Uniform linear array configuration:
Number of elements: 12
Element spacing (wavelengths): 0.25
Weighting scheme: binomial
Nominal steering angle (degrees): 0
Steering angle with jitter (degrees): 1.635
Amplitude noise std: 0.05
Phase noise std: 0.05

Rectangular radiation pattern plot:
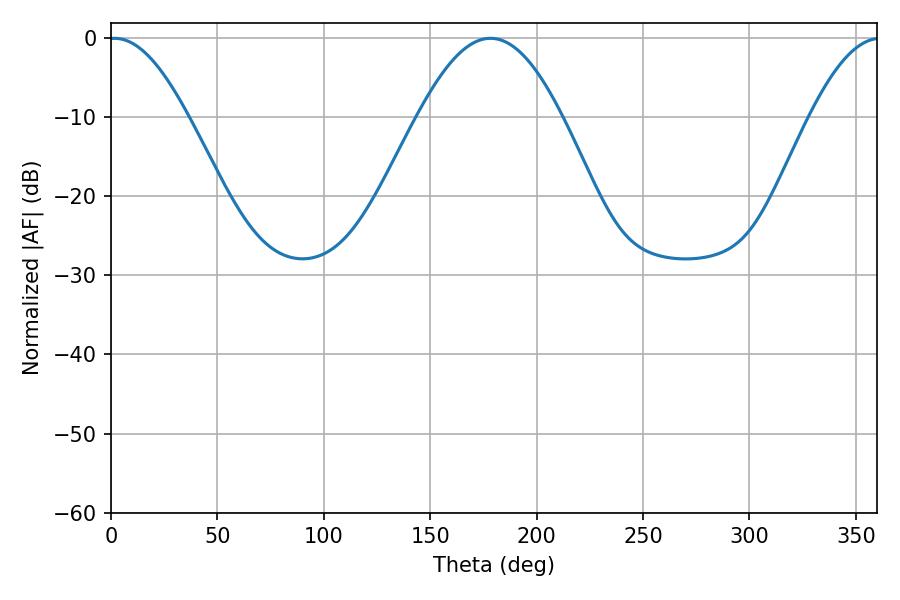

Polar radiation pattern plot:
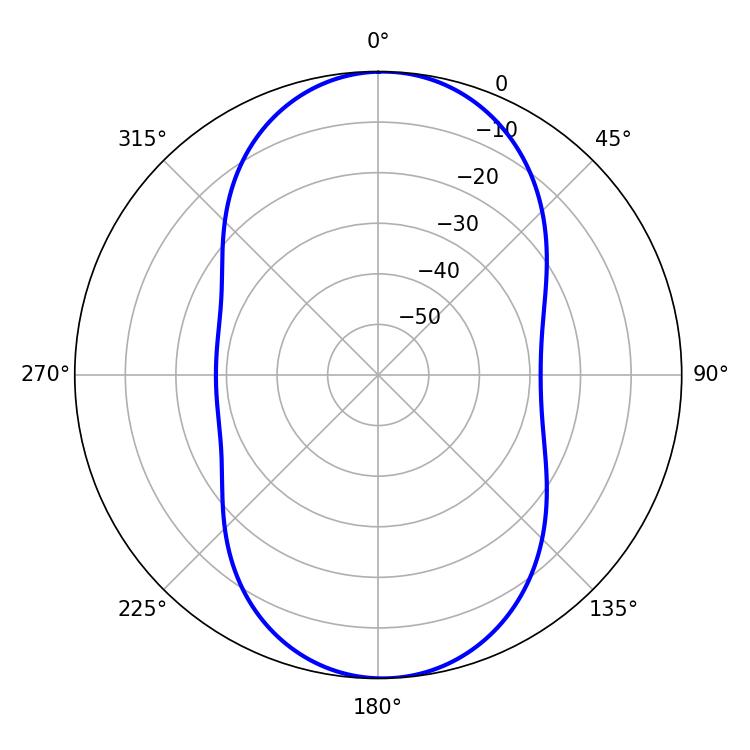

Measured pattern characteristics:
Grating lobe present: FALSE
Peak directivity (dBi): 16.286
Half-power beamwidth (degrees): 20.16
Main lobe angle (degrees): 1.62